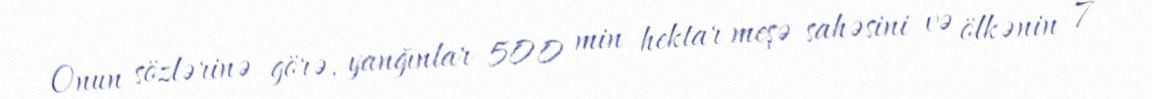
Onun sözlərinə görə, yanğınlar 500 min hektar meşə sahəsini və ölkənin 7